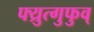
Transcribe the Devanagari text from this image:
फ्य्रुत्गुफुव्